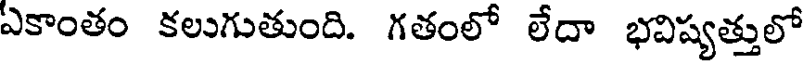
ఎకాంతం కలుగుతుంది. గతంలో లేదా భవిష్యత్తులో